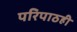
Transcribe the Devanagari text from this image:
परिपाठही